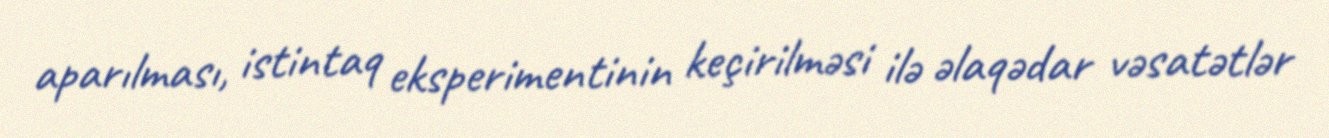
aparılması, istintaq eksperimentinin keçirilməsi ilə əlaqədar vəsatətlər